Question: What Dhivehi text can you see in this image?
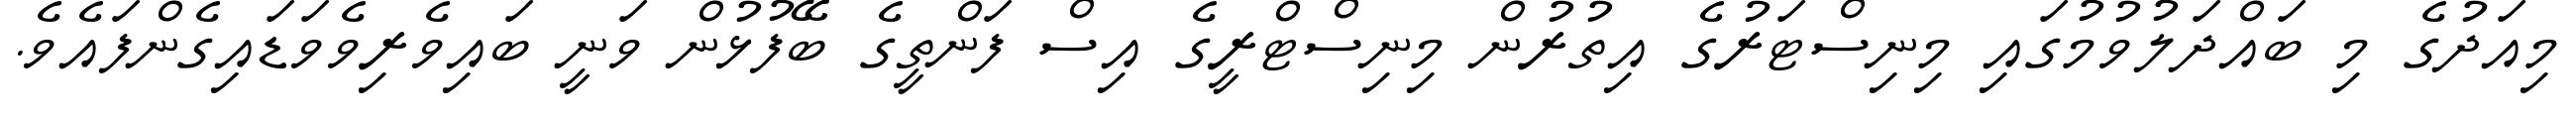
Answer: މިއަދުގެ މި ބައްދަލުވުމުގައި މިނިސްޓަރުގެ އިތުރުން މިނިސްޓްރީގެ އިސް ފަންތީގެ ބޭފުޅުން ވަނީ ބައިވެރިވެވަޑައިގެންފައެވެ.